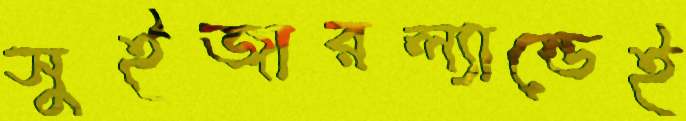
সুইজারল্যান্ডেই